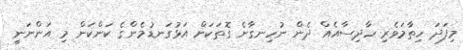
މިފަދަ ހިތާމަވެރި ހާދިސާއެއް ދެން ނުހިނގާނެ ގޮތަކަށް އަޅުގަނޑުމެންގެ ކަންކަން މި އަންނަނީ